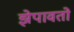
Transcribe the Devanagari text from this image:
झेपावतो